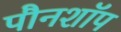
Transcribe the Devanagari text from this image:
पौनशॉप